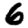
Digit: 6